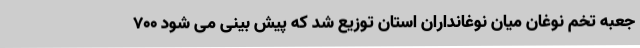
جعبه تخم نوغان میان نوغانداران استان توزیع شد که پیش بینی می شود 700